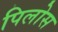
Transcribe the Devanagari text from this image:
पिलोस